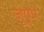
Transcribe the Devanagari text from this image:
जूपूप